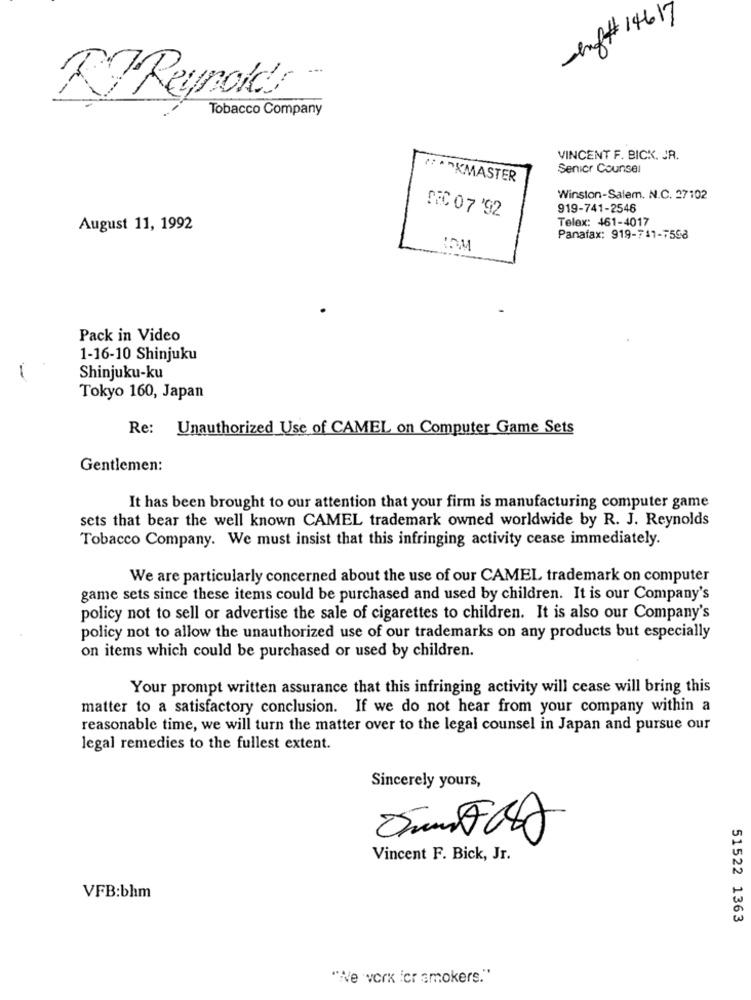
enf# 14617
Reynolds
Tobacco Company
VINCENT F. BICK. JR.
Senior Counsel
:·· KMASTER
Winston-Salem. N.C. 27102
PEC 0 7 '92
919-741-2546
Telex: 461-4017
August 11, 1992
Panafax: 919-741-7598
Pack in Video
1-16-10 Shinjuku
Shinjuku-ku
Tokyo 160, Japan
Re: Unauthorized_Use of CAMEL on Computer Game Sets
Gentlemen:
It has been brought to our attention that your firm is manufacturing computer game
sets that bear the well known CAMEL trademark owned worldwide by R. J. Reynolds
Tobacco Company. We must insist that this infringing activity cease immediately.
We are particularly concerned about the use of our CAMEL trademark on computer
game sets since these items could be purchased and used by children. It is our Company's
policy not to sell or advertise the sale of cigarettes to children. It is also our Company's
policy not to allow the unauthorized use of our trademarks on any products but especially
on items which could be purchased or used by children.
Your prompt written assurance that this infringing activity will cease will bring this
matter to a satisfactory conclusion. If we do not hear from your company within a
reasonable time, we will turn the matter over to the legal counsel in Japan and pursue our
legal remedies to the fullest extent.
Sincerely yours,
Vincent F. Bick, Jr.
VFB:bhm
51522 1363
"Ne vorx 'er smokers."